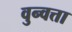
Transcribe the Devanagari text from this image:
वुन्वत्ता